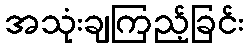
အသုံးချကြည့်ခြင်း